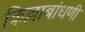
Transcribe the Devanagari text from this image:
किल्लाबांधणी